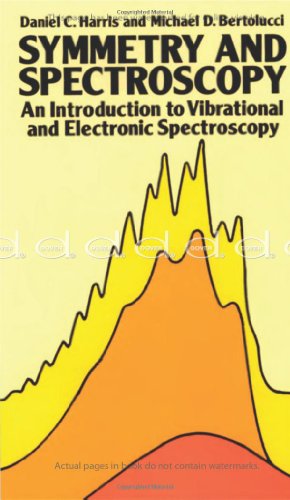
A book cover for Symmetry and Spectroscopy: An Introduction to Vibrational and Electronic Spectroscopy (Dover Books on Chemistry); Daniel C. Harris; Science & Math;